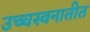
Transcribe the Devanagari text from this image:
उच्चस्वनातीत